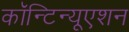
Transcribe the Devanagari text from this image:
कॉन्‍टिन्‍यूएशन